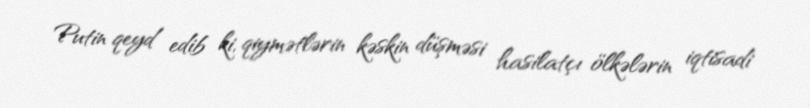
Putin qeyd edib ki, qiymətlərin kəskin düşməsi hasilatçı ölkələrin iqtisadi